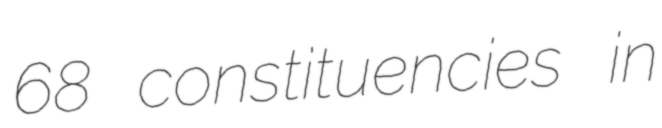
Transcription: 68 constituencies in